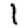
Digit: 1